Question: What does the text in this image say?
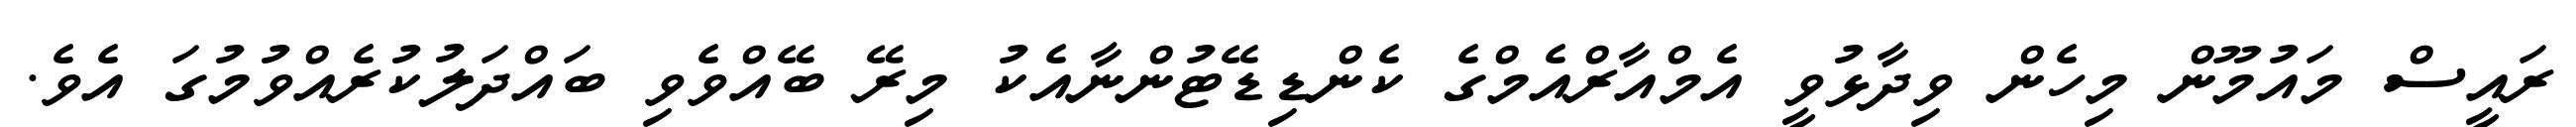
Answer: ރައީސް މައުމޫން މިހެން ވިދާޅުވީ އެމްއާރްއެމްގެ ކެންޑިޑޭޓުންނާއެކު މިރޭ ބޭއްވެވި ބައްދަލުކުރެއްވުމުގަ އެވެ.